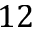
1 2